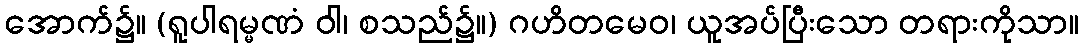
အောက်၌။ (ရူပါရမ္မဏံ ဝါ၊ စသည်၌။) ဂဟိတမေဝ၊ ယူအပ်ပြီးသော တရားကိုသာ။